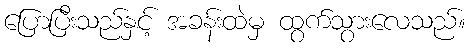
ပြောပြီးသည်နှင့် အခန်းထဲမှ ထွက်သွားလေသည်။